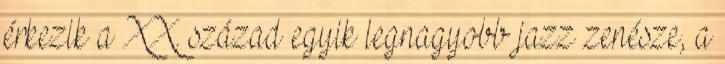
érkezik a XX. század egyik legnagyobb jazz zenésze, a